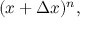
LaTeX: ( x + \Delta x ) ^ { n } ,